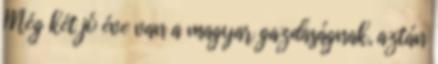
Még két jó éve van a magyar gazdaságnak, aztán